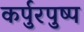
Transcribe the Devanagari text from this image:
कर्पुरपुष्प